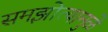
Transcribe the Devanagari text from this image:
समझोत्यामुळे